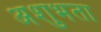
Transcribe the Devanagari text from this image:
अशुभता